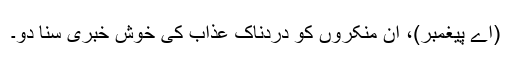
(اے پیغمبر)، اِن منکروں کو دردناک عذاب کی خوش خبری سنا دو۔